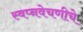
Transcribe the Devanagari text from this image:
स्वप्नवेचणीचे